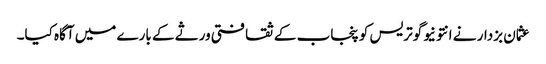
عثمان بزدار نے انتونیوگوتریس کو پنجاب کے ثقافتی ورثے کے بارے میں آگاہ کیا۔